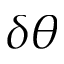
\delta \theta